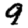
Digit: 9